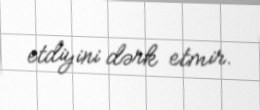
etdiyini dərk etmir.